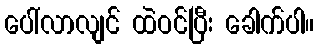
ပေါ်လာလျင် ထဲဝင်ပြီး ခေါက်ပါ။